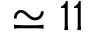
\simeq 1 1